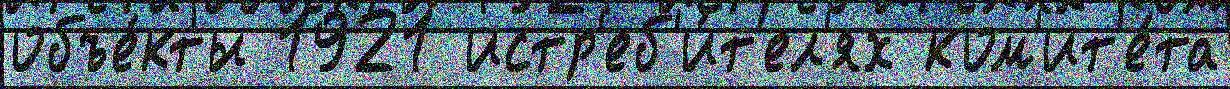
объе́кты 1921 истр'еб'и́т'ел'ях ком'ит'е́та